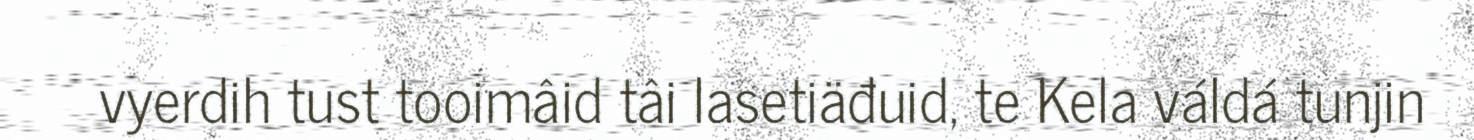
vyerdih tust tooimâid tâi lasetiäđuid, te Kela váldá tunjin